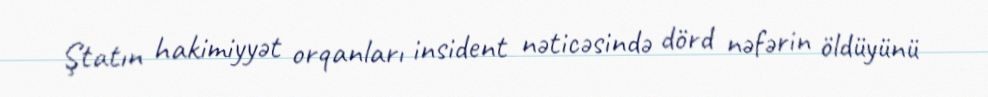
Ştatın hakimiyyət orqanları insident nəticəsində dörd nəfərin öldüyünü